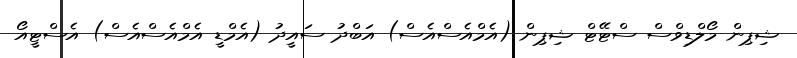
ޝިޕިން މޯލްޑިވްސް ސްޓޭޓް ޝިޕިން (އެމްއެސްއެސް) އަބްދު ސައީދު (އެމްޑީ އެމްއެސްއެސް) އެސްޓީއޯ